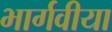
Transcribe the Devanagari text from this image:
भार्गवीया